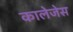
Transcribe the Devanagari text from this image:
कालेजेस